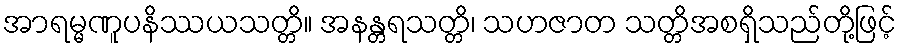
အာရမ္မဏူပနိဿယသတ္တိ။ အနန္တရသတ္တိ၊ သဟဇာတ သတ္တိအစရှိသည်တို့ဖြင့်